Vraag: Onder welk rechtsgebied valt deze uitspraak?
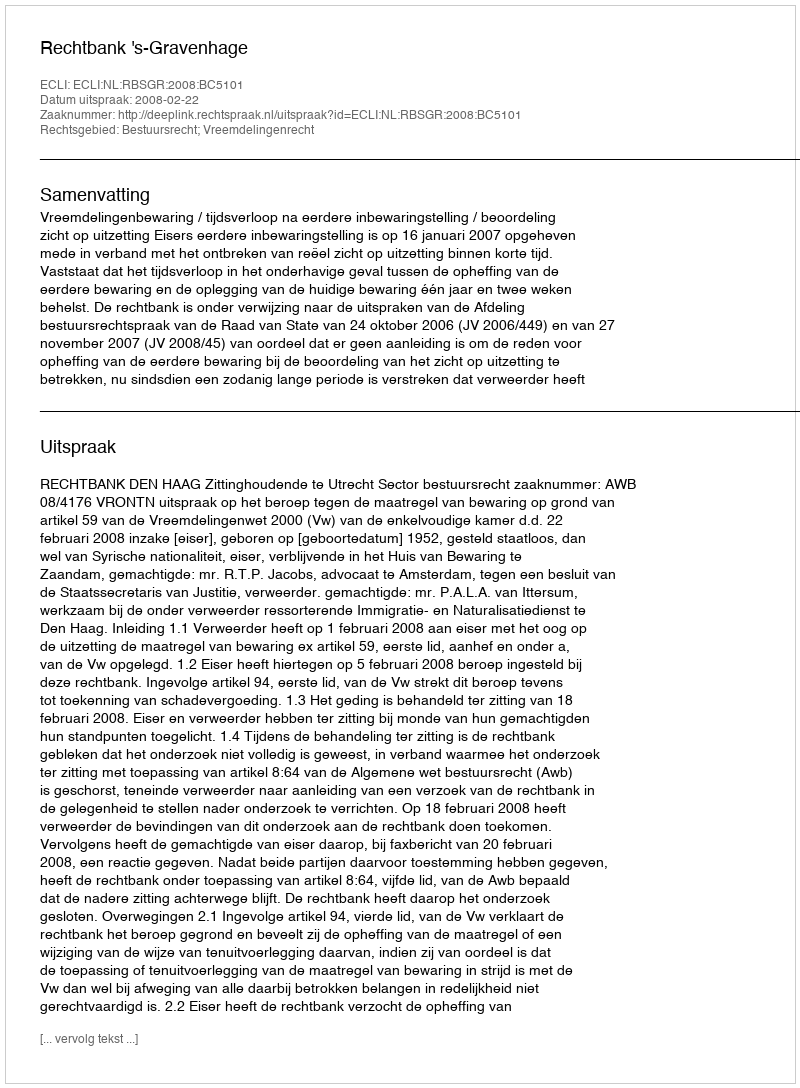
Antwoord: Bestuursrecht; Vreemdelingenrecht